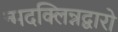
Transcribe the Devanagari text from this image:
न्मदक्लिन्नद्वारो